Lunatic asylums Central Provinces reports 1910-1926 - 1910-1926
Year: 1910
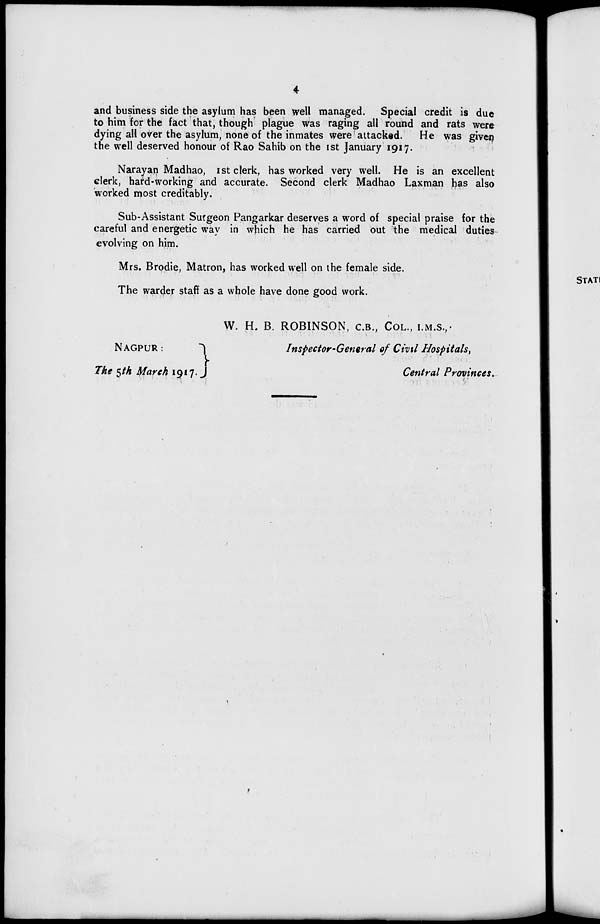
4
and business side the asylum has been well managed. Special credit is due
to him for the fact that, though plague was raging all round and rats were
dying all over the asylum, none of the inmates were attacked.
He was given
the well deserved honour of Rao Sahib on the 1st January 1917.
Narayan Madhao, 1st clerk, has worked very well. He is an excellent
clerk, hard-working and accurate. Second clerk Madhao Laxman has also
worked most creditably.
Sub-Assistant Surgeon Pangarkar deserves a word of special praise for the
careful and energetic way in which he has carried out the medical duties
evolving on him.
Mrs. Brodie, Matron, has worked well on the female side.
The warder staff as a whole have done good work.
NAGPUR:
The 5th March 1917.
W. H. B. ROBINSON, C.B., COL., I.M.S.,
Inspector-General of Civil Hospitals,
Central Provinces.